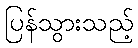
ပြန်သွားသည့်